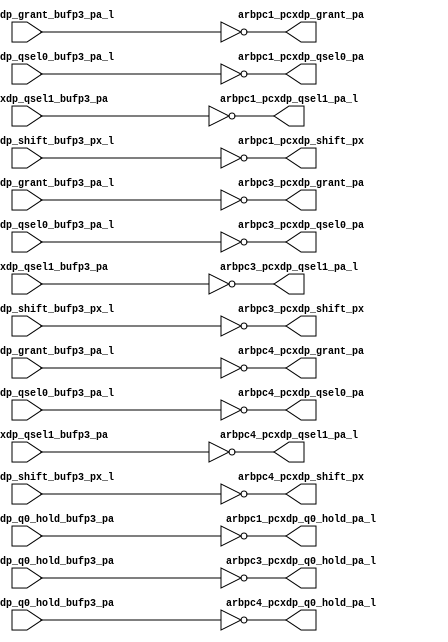
module pcx_buf_p4_odd(/*AUTOARG*/
   // Outputs
   arbpc1_pcxdp_grant_pa, arbpc1_pcxdp_q0_hold_pa_l, 
   arbpc1_pcxdp_qsel0_pa, arbpc1_pcxdp_qsel1_pa_l, 
   arbpc1_pcxdp_shift_px, arbpc3_pcxdp_grant_pa, 
   arbpc3_pcxdp_q0_hold_pa_l, arbpc3_pcxdp_qsel0_pa, 
   arbpc3_pcxdp_qsel1_pa_l, arbpc3_pcxdp_shift_px, 
   arbpc4_pcxdp_grant_pa, arbpc4_pcxdp_q0_hold_pa_l, 
   arbpc4_pcxdp_qsel0_pa, arbpc4_pcxdp_qsel1_pa_l, 
   arbpc4_pcxdp_shift_px, 
   // Inputs
   arbpc1_pcxdp_grant_bufp3_pa_l, arbpc1_pcxdp_q0_hold_bufp3_pa, 
   arbpc1_pcxdp_qsel0_bufp3_pa_l, arbpc1_pcxdp_qsel1_bufp3_pa, 
   arbpc1_pcxdp_shift_bufp3_px_l, arbpc3_pcxdp_grant_bufp3_pa_l, 
   arbpc3_pcxdp_q0_hold_bufp3_pa, arbpc3_pcxdp_qsel0_bufp3_pa_l, 
   arbpc3_pcxdp_qsel1_bufp3_pa, arbpc3_pcxdp_shift_bufp3_px_l, 
   arbpc4_pcxdp_grant_bufp3_pa_l, arbpc4_pcxdp_q0_hold_bufp3_pa, 
   arbpc4_pcxdp_qsel0_bufp3_pa_l, arbpc4_pcxdp_qsel1_bufp3_pa, 
   arbpc4_pcxdp_shift_bufp3_px_l
   );
   
	  
   output 		arbpc1_pcxdp_grant_pa;	
   output 		arbpc1_pcxdp_q0_hold_pa_l;
   output 		arbpc1_pcxdp_qsel0_pa;	
   output 		arbpc1_pcxdp_qsel1_pa_l;	
   output 		arbpc1_pcxdp_shift_px;	
	  
   output 		arbpc3_pcxdp_grant_pa;	
   output 		arbpc3_pcxdp_q0_hold_pa_l;
   output 		arbpc3_pcxdp_qsel0_pa;	
   output 		arbpc3_pcxdp_qsel1_pa_l;	
   output 		arbpc3_pcxdp_shift_px;	
	  
   output 		arbpc4_pcxdp_grant_pa;	
   output 		arbpc4_pcxdp_q0_hold_pa_l;
   output 		arbpc4_pcxdp_qsel0_pa;	
   output 		arbpc4_pcxdp_qsel1_pa_l;	
   output 		arbpc4_pcxdp_shift_px;	
	  
   

   input		arbpc1_pcxdp_grant_bufp3_pa_l;	
   input		arbpc1_pcxdp_q0_hold_bufp3_pa;
   input		arbpc1_pcxdp_qsel0_bufp3_pa_l;	
   input		arbpc1_pcxdp_qsel1_bufp3_pa;	
   input		arbpc1_pcxdp_shift_bufp3_px_l;	

   input		arbpc3_pcxdp_grant_bufp3_pa_l;	
   input		arbpc3_pcxdp_q0_hold_bufp3_pa;
   input		arbpc3_pcxdp_qsel0_bufp3_pa_l;	
   input		arbpc3_pcxdp_qsel1_bufp3_pa;	
   input		arbpc3_pcxdp_shift_bufp3_px_l;	

   input		arbpc4_pcxdp_grant_bufp3_pa_l;	
   input		arbpc4_pcxdp_q0_hold_bufp3_pa;
   input		arbpc4_pcxdp_qsel0_bufp3_pa_l;	
   input		arbpc4_pcxdp_qsel1_bufp3_pa;	
   input		arbpc4_pcxdp_shift_bufp3_px_l;	

   

   assign		arbpc1_pcxdp_grant_pa		   =    ~arbpc1_pcxdp_grant_bufp3_pa_l;      	
   assign		arbpc1_pcxdp_q0_hold_pa_l	   =    ~arbpc1_pcxdp_q0_hold_bufp3_pa;
   assign		arbpc1_pcxdp_qsel0_pa		   =    ~arbpc1_pcxdp_qsel0_bufp3_pa_l;
   assign		arbpc1_pcxdp_qsel1_pa_l		   =    ~arbpc1_pcxdp_qsel1_bufp3_pa;
   assign		arbpc1_pcxdp_shift_px		   =    ~arbpc1_pcxdp_shift_bufp3_px_l;
								                                    
   assign		arbpc3_pcxdp_grant_pa		   =    ~arbpc3_pcxdp_grant_bufp3_pa_l;      	
   assign		arbpc3_pcxdp_q0_hold_pa_l	   =    ~arbpc3_pcxdp_q0_hold_bufp3_pa;
   assign		arbpc3_pcxdp_qsel0_pa		   =    ~arbpc3_pcxdp_qsel0_bufp3_pa_l;
   assign		arbpc3_pcxdp_qsel1_pa_l		   =    ~arbpc3_pcxdp_qsel1_bufp3_pa;
   assign		arbpc3_pcxdp_shift_px		   =    ~arbpc3_pcxdp_shift_bufp3_px_l;
								                                    
   assign		arbpc4_pcxdp_grant_pa		   =    ~arbpc4_pcxdp_grant_bufp3_pa_l;      	
   assign		arbpc4_pcxdp_q0_hold_pa_l	   =    ~arbpc4_pcxdp_q0_hold_bufp3_pa;
   assign		arbpc4_pcxdp_qsel0_pa		   =    ~arbpc4_pcxdp_qsel0_bufp3_pa_l;
   assign		arbpc4_pcxdp_qsel1_pa_l		   =    ~arbpc4_pcxdp_qsel1_bufp3_pa;
   assign		arbpc4_pcxdp_shift_px		   =    ~arbpc4_pcxdp_shift_bufp3_px_l;
								                                    
   
endmodule